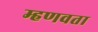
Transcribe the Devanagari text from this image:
म्हणवता